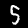
Digit: 5